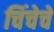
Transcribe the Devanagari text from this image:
चिंचेचें